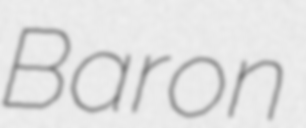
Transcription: Baron